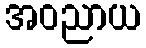
အဝညာယ